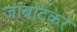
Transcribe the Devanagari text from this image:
जांबोटकर